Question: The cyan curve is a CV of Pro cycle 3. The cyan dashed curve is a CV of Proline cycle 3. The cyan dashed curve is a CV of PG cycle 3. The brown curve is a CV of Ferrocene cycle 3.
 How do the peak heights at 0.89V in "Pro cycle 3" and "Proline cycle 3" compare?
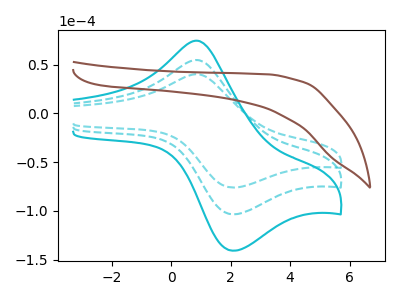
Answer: <think>The cyan curve "Pro cycle 3" has an anodic peak at (0.90V, 109.70uA) and a cathodic peak at (2.05V, -206.85uA). The cyan dashed curve "Proline cycle 3" has an anodic peak at (0.90V, 54.85uA) and a cathodic peak at (2.05V, -103.45uA). The cyan dashed curve "PG cycle 3" has an anodic peak at (0.90V, 40.30uA) and a cathodic peak at (2.05V, -76.00uA). The brown curve "Ferrocene cycle 3" has no peaks.</think>
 <answer>The peak at 0.89V is higher in "Pro cycle 3" than in "Proline cycle 3".</answer>
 <eval>higher</eval>